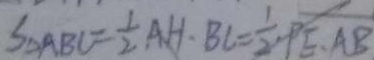
S _ { \Delta A B C } = \frac { 1 } { 2 } A H \cdot B C = \frac { 1 } { 2 } \cdot P E \cdot A B